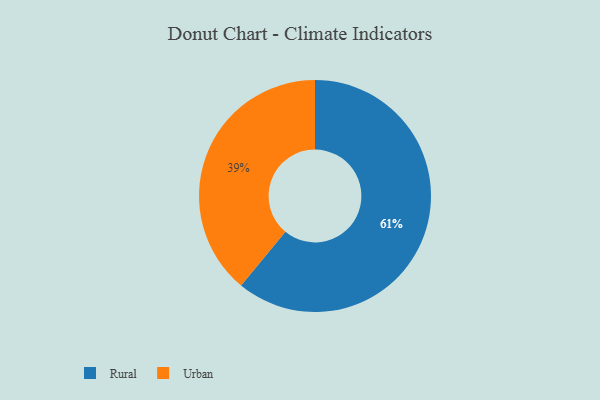
{"axis": {"x": "Category", "y": "Percentage"}, "legend": ["Rural", "Urban"], "data": [{"x": "Urban", "y": 39, "type": "Urban"}, {"x": "Rural", "y": 61, "type": "Rural"}]}